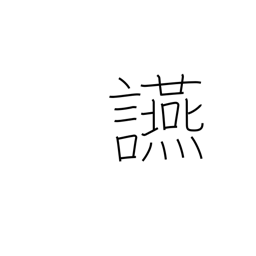
Meaning: banquet